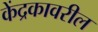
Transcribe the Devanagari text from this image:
केंद्रकावरील